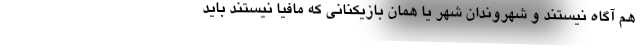
هم آگاه نیستند و شهروندان شهر یا همان بازیکنانی که مافیا نیستند باید